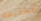
تحقيقك